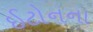
ઈટોનના